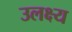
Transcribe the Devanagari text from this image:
उलक्ष्य